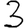
Digit: 3